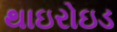
થાઇરોઇડ